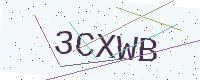
Text: 3CXWB